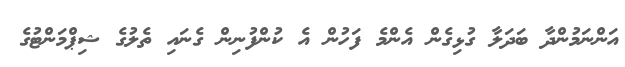
އަންނަމުންދާ ބަދަލާ ގުޅިގެން އެންމެ ފަހުން އެ ކުންފުނިން ގެނައި ތެލުގެ ޝިޕްމަންޓުގެ